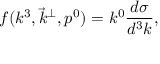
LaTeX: f ( k ^ { 3 } , \vec { k } ^ { \bot } , p ^ { 0 } ) = k ^ { 0 } \frac { d \sigma } { d ^ { 3 } k } ,